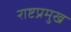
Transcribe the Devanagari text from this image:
राष्टप्रमुख